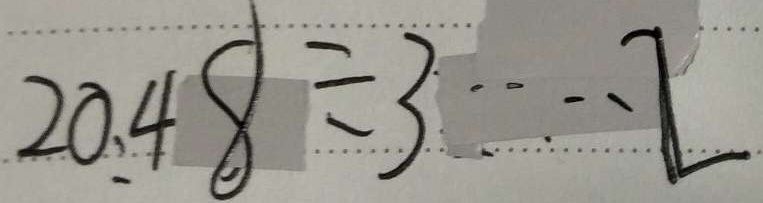
2 0 . 4 8 \div 3 \cdots 2